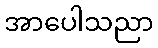
အာပေါသညာ